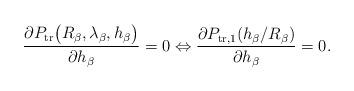
LaTeX: \begin{align*}\frac{\partial P_{\rm{tr}}\big(R_{\beta}, \lambda_{\beta}, h_\beta\big)}{\partial h_\beta} = 0\Leftrightarrow\frac{\partial P_{\rm{tr},1}(h_\beta/R_{\beta})}{\partial h_\beta} = 0.\end{align*}